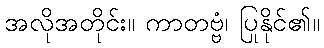
အလိုအတိုင်း။ ကာတဗ္ဗံ၊ ပြုနိုင်၏။